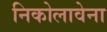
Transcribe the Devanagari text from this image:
निकोलावेना